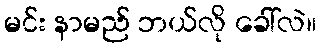
မင်း နာမည် ဘယ်လို ခေါ်လဲ။